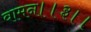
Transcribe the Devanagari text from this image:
वामन।।३।।